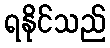
ရနိုင်သည်